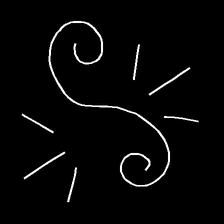
Glyph: wind-directs-air